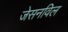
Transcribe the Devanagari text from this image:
जेसनविल